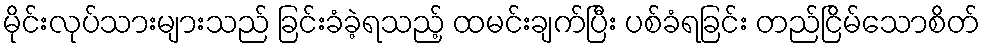
မိုင်းလုပ်သားများသည် ခြင်းခံခဲ့ရသည့် ထမင်းချက်ပြီး ပစ်ခံရခြင်း တည်ငြိမ်သောစိတ်